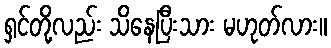
ရှင်တို့လည်း သိနေပြီးသား မဟုတ်လား။